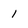
Character: 1